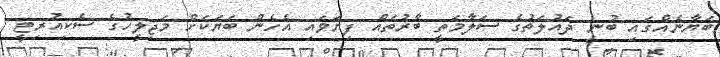
ބަޔާނެއްގައި ބުނީ ދައުލަތުގެ ސަލާމަތީ ބާރުތައް ފިޔަވައި އެހެން ބަޔަކަށް މަޖިލީހުގެ ސެކިއުރިޓީ